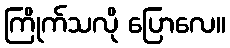
ကြိုက်သလို ပြောလေ။